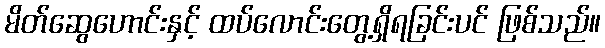
မိတ်ဆွေဟောင်းနှင့် ထပ်လောင်းတွေ့ရှိရခြင်းပင် ဖြစ်သည်။